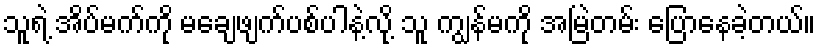
သူရဲ့ အိပ်မက်ကို မချေဖျက်ပစ်ပါနဲ့လို့ သူ ကျွန်မကို အမြဲတမ်း ပြောနေခဲ့တယ်။